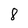
Character: 8